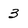
Character: 3